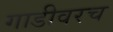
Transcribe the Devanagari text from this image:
गाडीवरच